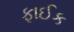
ફાઈક